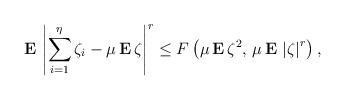
LaTeX: \begin{align*}{\bf E\,}\left| \sum_{i=1}^{\eta }\zeta _{i}-\mu \,{\bf E\,}\zeta \right|^{r}\leq F\left( \mu \,{\bf E\,}\zeta ^{2},{\bf \,}\mu {\bf \,E\,}\left|\zeta \right| ^{r}\right) , \end{align*}